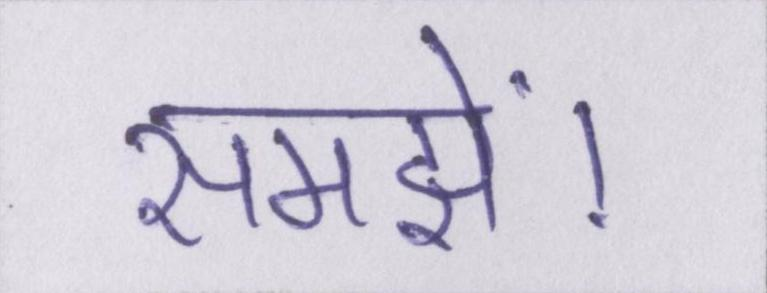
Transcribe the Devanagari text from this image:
समझें।